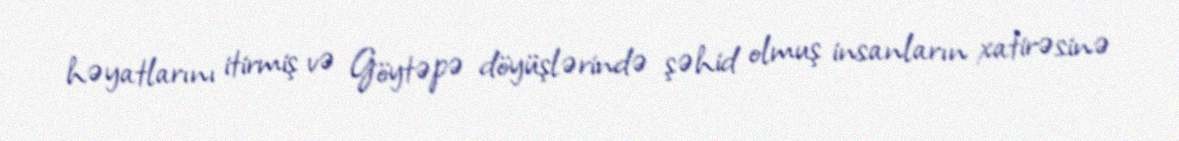
həyatlarını itirmiş və Göytəpə döyüşlərində şəhid olmuş insanların xatirəsinə